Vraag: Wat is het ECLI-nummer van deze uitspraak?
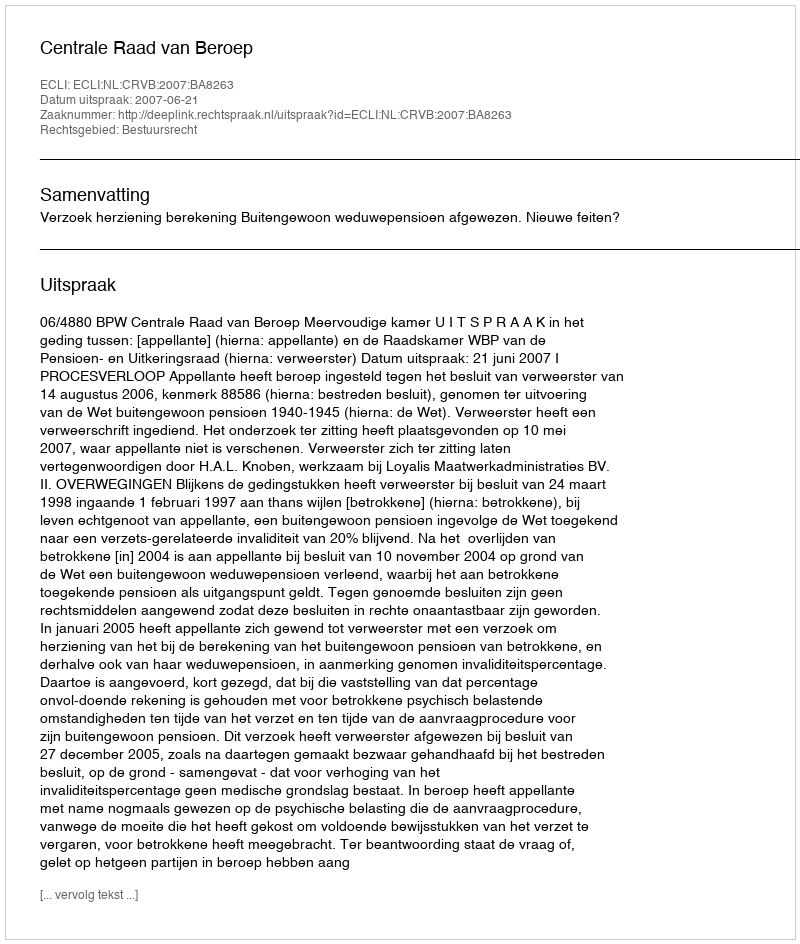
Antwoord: ECLI:NL:CRVB:2007:BA8263